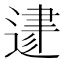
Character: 𨔥